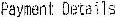
PAYMENT DETAILS